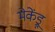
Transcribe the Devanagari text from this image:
मेकेंड्रू